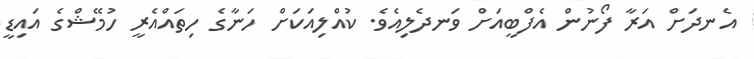
އެނދަށް އަރާ ފޯނުން އެފްބީއަށް ވަނދެލިއެވެ. ކުއްލިއަކަށް ހަނާގެ ހިތައްއެރީ ހުމޭޝްގެ އައިޑީ